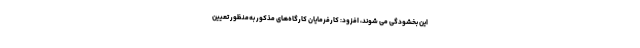
این بخشودگی می شوند، افزود: کارفرمایان کارگاه‌های مذکور به‌منظور تعیین